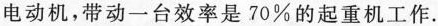
电动机，带动一台效率是 70% 的起重机工作.